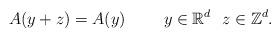
LaTeX: \begin{align*}A(y+z) = A(y)\qquad~y\in \mathbb{R}^d ~~ z\in \mathbb{Z}^d.\end{align*}